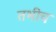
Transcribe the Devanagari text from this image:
तभीच